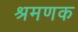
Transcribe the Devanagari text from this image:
श्रमणक